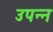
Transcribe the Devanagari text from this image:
उपन्न